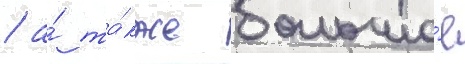
/ а́ та́кже большо́е